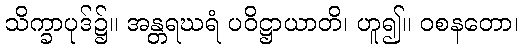
သိက္ခာပုဒ်၌။ အန္တရဃရံ ပဝိဋ္ဌာယာတိ၊ ဟူ၍။ ဝစနတော၊